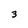
Character: 3